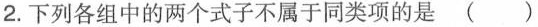
2.下列各组中的两个式子不属于同类项的是 ()